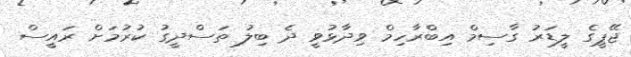
ޖޭޕީގެ ލީޑަރު ގާސިމް އިބްރާހިމް ވިދާޅުވީ ދެ ބިލު ތަސްދީގު ކުރުމަށް ރައީސް